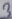
Text: 3